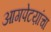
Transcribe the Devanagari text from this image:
आगपेटय़ांचा